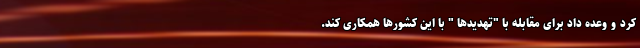
کرد و وعده داد برای مقابله با "تهدیدها " با این کشورها همکاری کند.